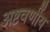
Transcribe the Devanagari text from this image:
अष्टवर्णीय